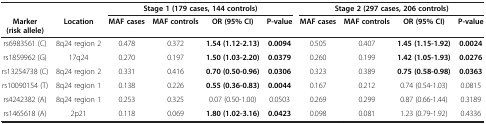
<table><thead><tr><td><b> </b></td><td><b> </b></td><td colspan="4"><b>Stage 1 (179 cases, 144 controls)</b></td><td colspan="4"><b>Stage 2 (297 cases, 206 controls)</b></td></tr><tr><td><b>Marker (risk allele)</b></td><td><b>Location</b></td><td><b>MAF cases</b></td><td><b>MAF controls</b></td><td><b>OR (95% CI)</b></td><td><b>P-value</b></td><td><b>MAF cases</b></td><td><b>MAF controls</b></td><td><b>OR (95% CI)</b></td><td><b>P-value</b></td></tr></thead><tbody><tr><td>rs6983561 (C)</td><td>8q24 region 2</td><td>0.478</td><td>0.372</td><td><b>1.54 (1.12-2.13)</b></td><td><b>0.0094</b></td><td>0.505</td><td>0.407</td><td><b>1.45 (1.15-1.92)</b></td><td><b>0.0024</b></td></tr><tr><td>rs1859962 (G)</td><td>17q24</td><td>0.270</td><td>0.197</td><td><b>1.50 (1.03-2.20)</b></td><td><b>0.0379</b></td><td>0.260</td><td>0.199</td><td><b>1.42 (1.05-1.93)</b></td><td><b>0.0276</b></td></tr><tr><td>rs13254738 (C)</td><td>8q24 region 2</td><td>0.331</td><td>0.416</td><td><b>0.70 (0.50-0.96)</b></td><td><b>0.0306</b></td><td>0.323</td><td>0.389</td><td><b>0.75 (0.58-0.98)</b></td><td><b>0.0363</b></td></tr><tr><td>rs10090154 (T)</td><td>8q24 region 1</td><td>0.138</td><td>0.226</td><td><b>0.55 (0.36-0.83)</b></td><td><b>0.0044</b></td><td>0.167</td><td>0.212</td><td>0.74 (0.54-1.03)</td><td>0.0815</td></tr><tr><td>rs4242382 (A)</td><td>8q24 region 1</td><td>0.253</td><td>0.325</td><td>0.07 (0.50-1.00)</td><td>0.0503</td><td>0.269</td><td>0.299</td><td>0.87 (0.66-1.44)</td><td>0.3189</td></tr><tr><td>rs1465618 (A)</td><td>2p21</td><td>0.118</td><td>0.069</td><td><b>1.80 (1.02-3.16)</b></td><td><b>0.0423</b></td><td>0.098</td><td>0.081</td><td>1.23 (0.79-1.92)</td><td>0.4336</td></tr></tbody></table>